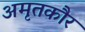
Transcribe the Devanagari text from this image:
अमृतकौर